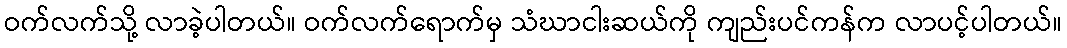
ဝက်လက်သို့ လာခဲ့ပါတယ်။ ဝက်လက်ရောက်မှ သံဃာငါးဆယ်ကို ကျည်းပင်ကန်က လာပင့်ပါတယ်။